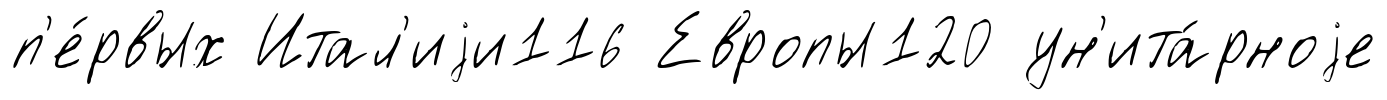
п'е́рвых Итал'иjи116 Европы120 ун'ита́рноjе